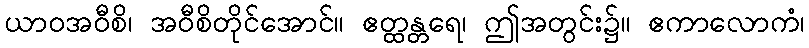
ယာဝအဝီစိ၊ အဝီစိတိုင်အောင်။ ဧတ္ထန္တရေ၊ ဤအတွင်း၌။ ဧကာလောကံ၊